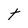
Character: t